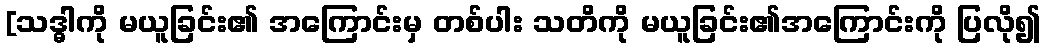
[သဒ္ဓါကို မယူခြင်း၏ အကြောင်းမှ တစ်ပါး သတိကို မယူခြင်း၏အကြောင်းကို ပြလို၍